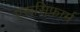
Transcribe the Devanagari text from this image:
एरूसिफ़ार्म